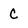
Character: C